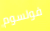
فولسوم